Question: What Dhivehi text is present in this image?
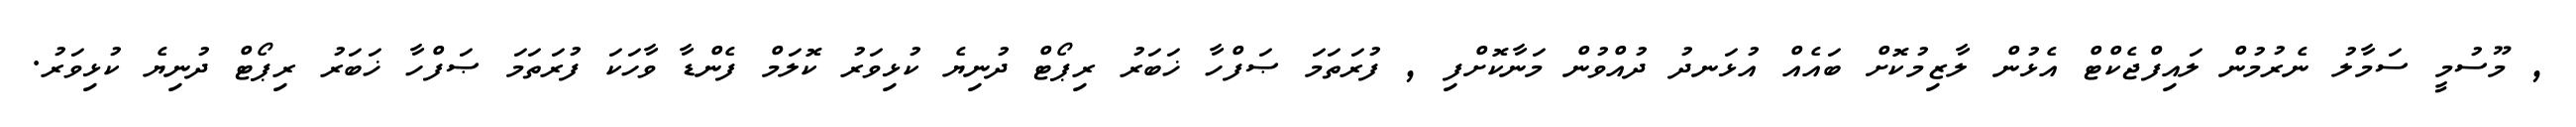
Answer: , މޫސުމީ ސަމާލު ނެރުމުން ލައިފްޖެކްޓް އެޅުން ލާޒިމުކޮށް ބައެއް އުޅަނދު ދުއްވުން މަނާކޮށްފި , ފުރަތަމަ ޞަފްހާ ޚަބަރު ރިޕޯޓް ދުނިޔެ ކުޅިވަރު ކޮލަމް ފެންޑާ ވާހަކަ ފުރަތަމަ ޞަފްހާ ޚަބަރު ރިޕޯޓް ދުނިޔެ ކުޅިވަރު.